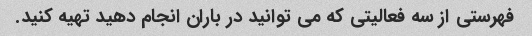
فهرستی از سه فعالیتی که می توانید در باران انجام دهید تهیه کنید.